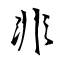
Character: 非